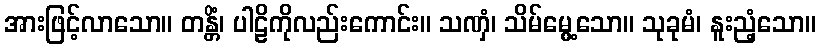
အားဖြင့်လာသော။ တန္တိံ၊ ပါဠိကိုလည်းကောင်း။ သဏှံ၊ သိမ်မွေ့သော။ သုခုမံ၊ နူးညံ့သော။